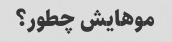
موهایش چطور؟